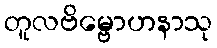
တူလဗိမ္ဗောဟနာသု